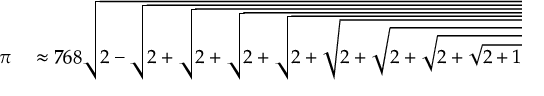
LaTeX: \begin{array} { r l } { \pi } & { { } \approx 7 6 8 { \sqrt { 2 - { \sqrt { 2 + { \sqrt { 2 + { \sqrt { 2 + { \sqrt { 2 + { \sqrt { 2 + { \sqrt { 2 + { \sqrt { 2 + { \sqrt { 2 + 1 } } } } } } } } } } } } } } } } } } } \end{array}